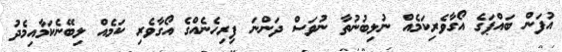
އުފަން ބައްޕަގެ އޯގާވެރިކަމެއް ނުލިބުނުތާ ނުވަސް ދަންނަ ފިރިހެނެއްގެ އޯގާވެރި ކަމެއް ލިބޭނެކަމާއިމެދު